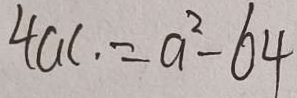
4 a c \cdot = a ^ { 2 } - 6 4